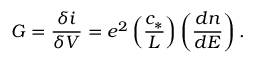
G = \frac { \delta i } { \delta V } = e ^ { 2 } \left( \frac { c _ { * } } { L } \right) \left( \frac { d n } { d E } \right) .